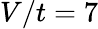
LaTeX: V/t=7